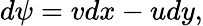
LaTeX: d\psi=vdx-udy,